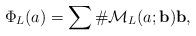
LaTeX: \begin{align*} \Phi_L(a)= \sum \# \mathcal{M}_L(a;\mathbf{b})\mathbf{b},\end{align*}